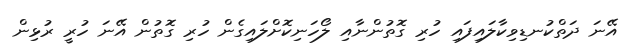
އޭނަ ދަތްކުނޑިވިކާލައިފައި ހުރި ގޮތުންނާއި ލޯހަނިކޮށްލައިގެން ހުރި ގޮތުން އޭނަ ހުރީ ރުޅިން